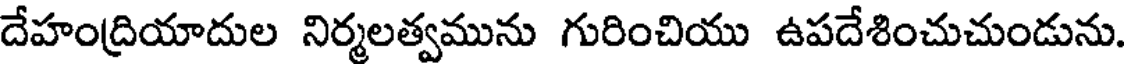
దేహంద్రియాదుల నిర్మలత్వమును గురించియు ఉపదేశించుచుండును.